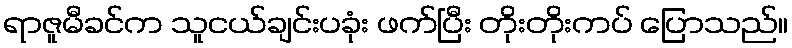
ရာဇူမီခင်က သူငယ်ချင်းပခုံး ဖက်ပြီး တိုးတိုးကပ် ပြောသည်။